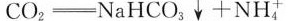
C O _ { 2 } = N a H C O_ { 3 } \downarrow + N H _ { + } ^ { 4 }$$